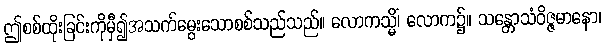
ဤစစ်ထိုးခြင်းကိုမှီ၍အသက်မွေးသောစစ်သည်သည်။ လောကသ္မိံ၊ လောက၌။ သန္တောသံဝိဇ္ဇမာနော၊